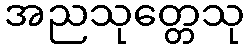
အညသုတ္တေသု